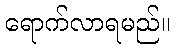
ရောက်လာရမည်။